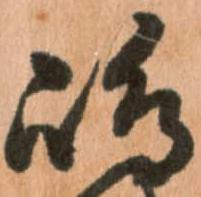
嶋